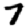
Digit: 7